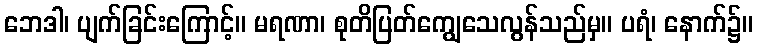
ဘေဒါ၊ ပျက်ခြင်းကြောင့်။ မရဏာ၊ စုတိပြတ်ကျွေသေလွန်သည်မှ။ ပရံ၊ နောက်၌။